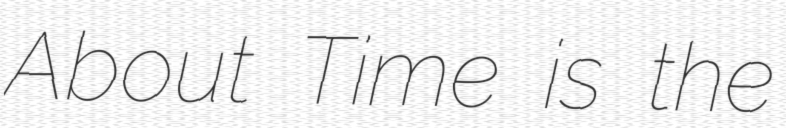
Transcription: About Time is the